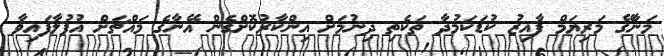
މަނާގޭ މަރިޔަމް ފާއިޒު ކުޑަކަމުދާ ތަކެތި ދިނުމަށް އިންކާރުކޮށްގެން އޭނާގެ މައްޗަށް އުފުލާފައިވާ